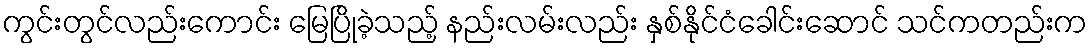
ကွင်းတွင်လည်းကောင်း မြေပြိုခဲ့သည့် နည်းလမ်းလည်း နှစ်နိုင်ငံခေါင်းဆောင် သင်ကတည်းက